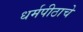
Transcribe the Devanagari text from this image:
धर्मपीठाचे